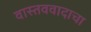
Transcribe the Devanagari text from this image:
वास्तववादाचा